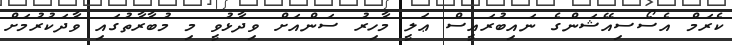
ކެރަމް އެސޯސިއޭޝަންގެ ނައިބުރައީސް ޢަލީ މާހިރު ސަންއަށް ވިދާޅުވީ މި މުބާރާތުގައި ވާދަކުރުމަށް